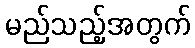
မည်သည့်အတွက်